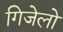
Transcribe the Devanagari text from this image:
गिजेलो